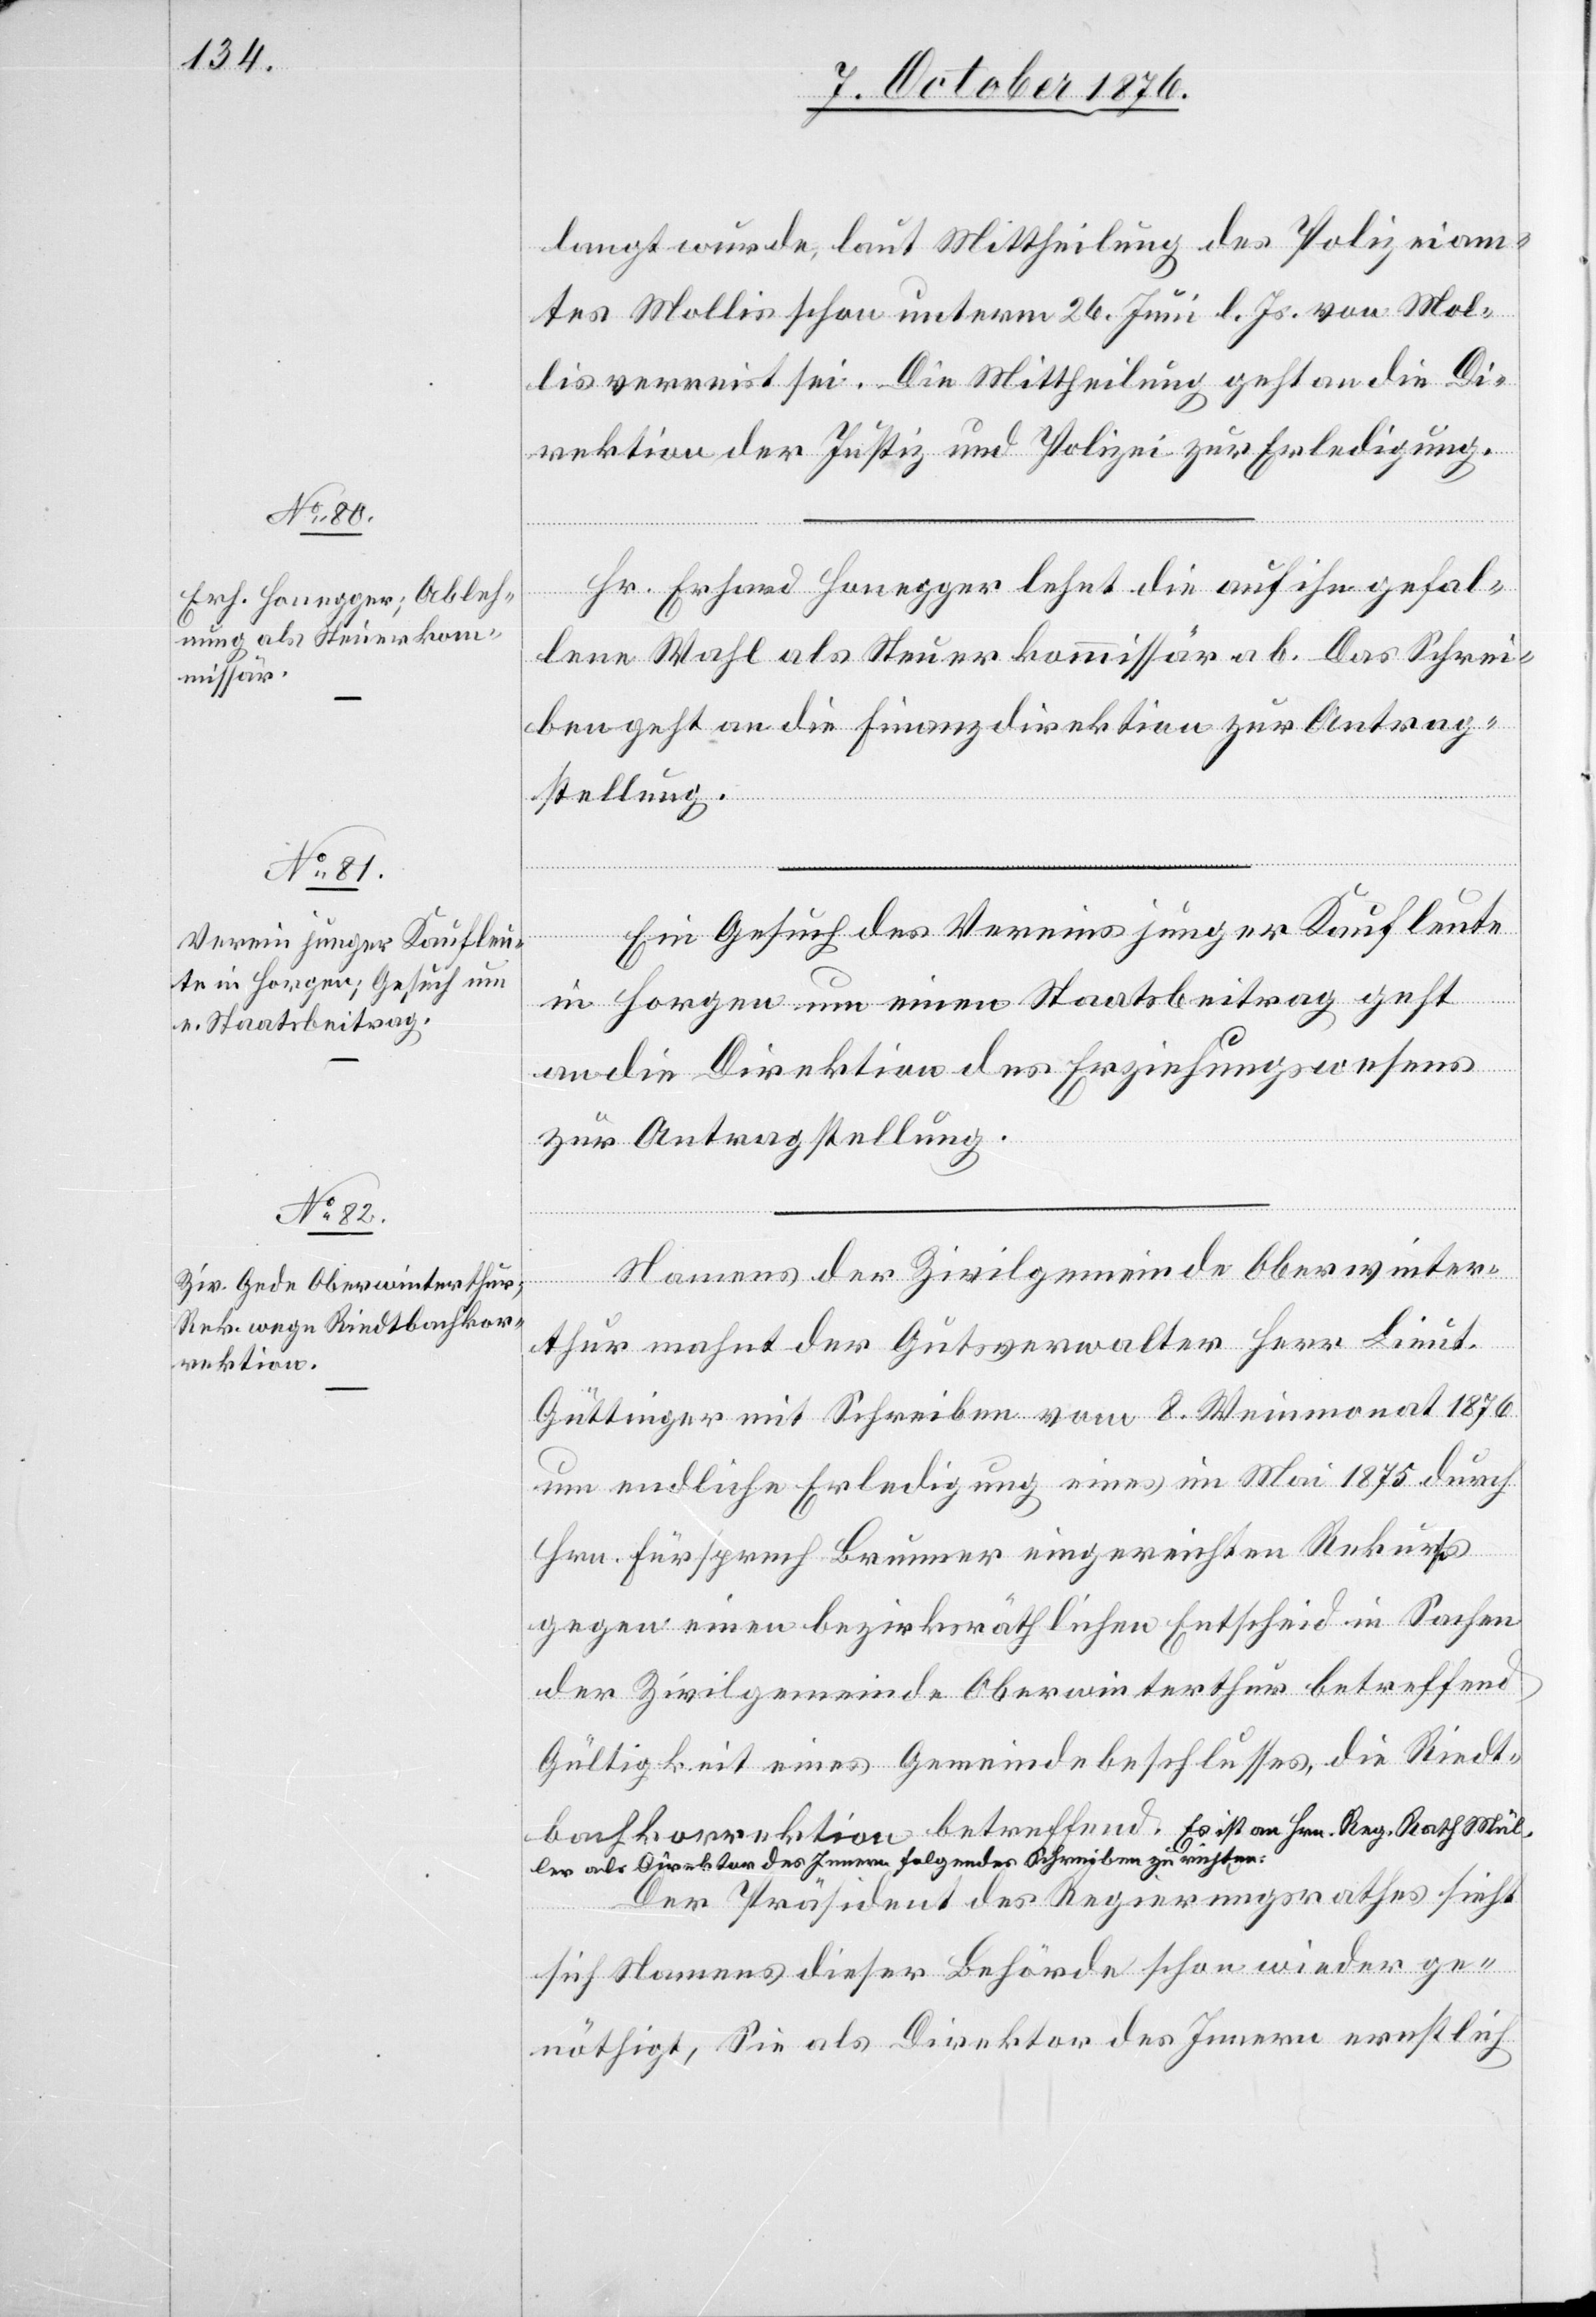
9. October 1876.]
langt wurde, laut Mittheilung des Polizeiam¬
tes Mollis schon unterm 26. Juni l. Js. von Mol¬
lis verreist sei. Die Mittheilung geht an die Di¬
rektion der Justiz und Polizei zur Erledigung.
Hr. Erhard Honegger lehnt die auf ihn gefal¬
lene Wahl als Steuerkommissär ab. Das Schrei¬
ben geht an die Finanzdirektion zur Antrag¬
stellung.
Ein Gesuch des Vereins junger Kaufleute
in Horgen um einen Staatsbeitrag geht
an die Direktion des Erziehungswesens
zur Antragstellung.
Namens der Zivilgemeinde Oberwinter¬
thur mahnt der Gutsverwalter Herr Lieut.
Güttinger mit Schreiben vom 8. Weinmonat 1876
um endliche Erledigung eines im Mai 1875 durch
Hrn. Fürsprech Brunner eingereichten Rekus
gegen einen bezirksräthlichen Entscheid in Sachen
der Zivilgemeinde Oberwinterthur betreffend
Gültigkeit eines Gemeindebeschlusses, die Riedt¬
bachkorrektion betreffend. a Es ist an Hrn. Reg. Rath Mül¬
ler als Direktor des Innern folgendes Schreiben zu richten:
er Präsident des Regierungsrathes sieht
[„]D¬
sich Namens dieser Behörde schon wieder ge¬
nöthigt, Sie als Direktor des Innern ernstlich